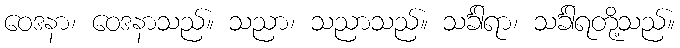
ဝေဒနာ၊ ဝေဒနာသည်။ သညာ၊ သညာသည်။ သင်္ခါရာ၊ သင်္ခါရတို့သည်။